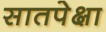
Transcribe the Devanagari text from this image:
सातपेक्षा